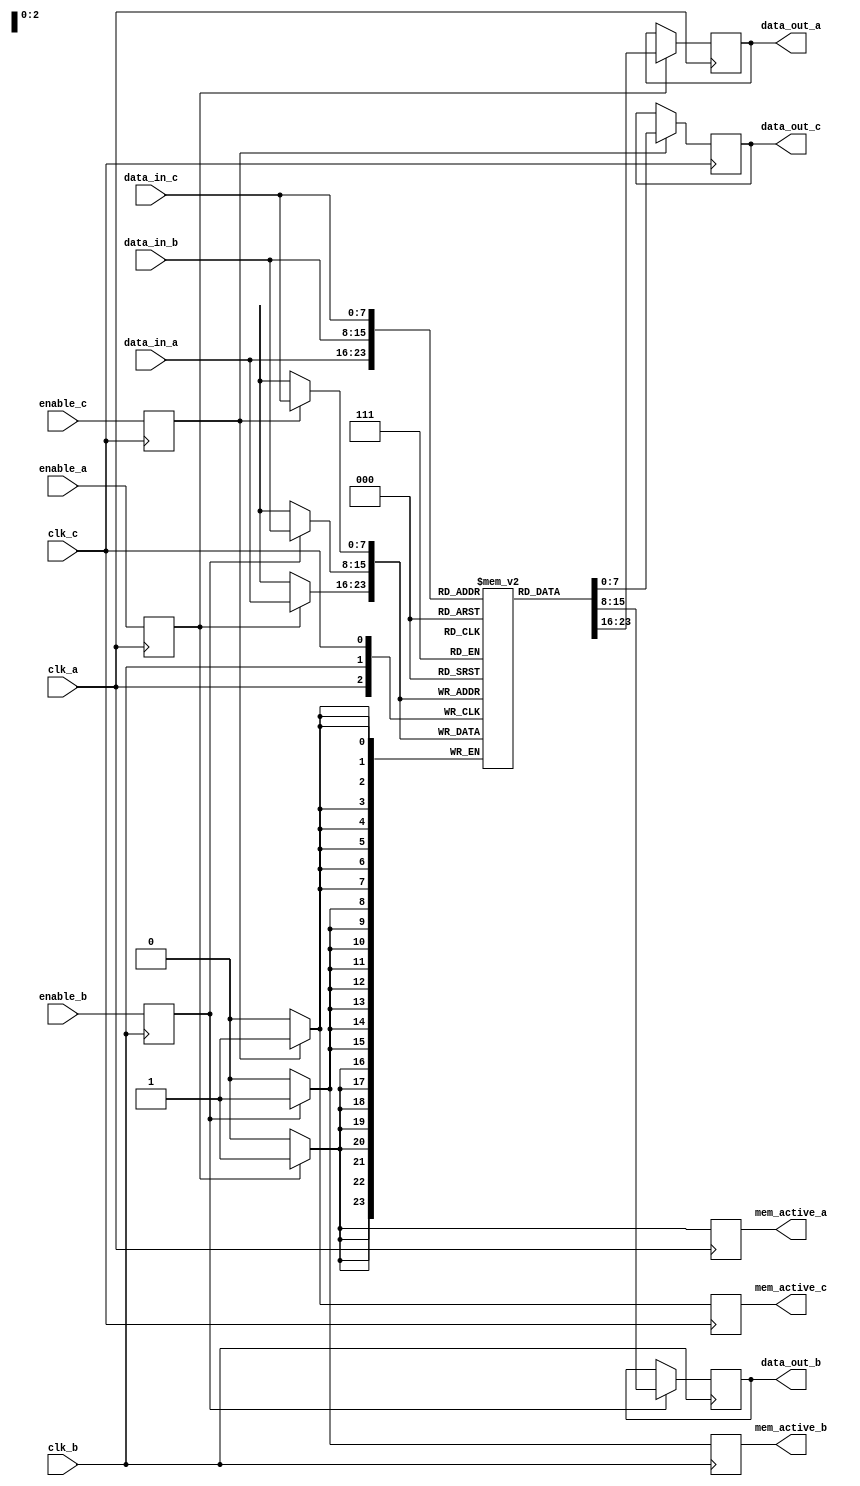
module memory_block (
    input wire clk_a,
    input wire clk_b,
    input wire clk_c,
    input wire enable_a,
    input wire enable_b,
    input wire enable_c,
    input wire [7:0] data_in_a,
    input wire [7:0] data_in_b,
    input wire [7:0] data_in_c,
    output reg [7:0] data_out_a,
    output reg [7:0] data_out_b,
    output reg [7:0] data_out_c,
    output reg mem_active_a,
    output reg mem_active_b,
    output reg mem_active_c
);

    // Synchronization registers for enable signals
    reg enable_a_sync;
    reg enable_b_sync;
    reg enable_c_sync;

    // Memory storage
    reg [7:0] memory [0:255]; // 256 x 8-bit memory

    // Synchronize enable signals to respective clock domains
    always @(posedge clk_a) begin
        enable_a_sync <= enable_a;
    end

    always @(posedge clk_b) begin
        enable_b_sync <= enable_b;
    end

    always @(posedge clk_c) begin
        enable_c_sync <= enable_c;
    end

    // Memory Block Control Logic
    always @(posedge clk_a) begin
        if (enable_a_sync) begin
            mem_active_a <= 1'b1;
            data_out_a <= memory[data_in_a[7:0]]; // Read operation
        end else begin
            mem_active_a <= 1'b0;
        end
    end

    always @(posedge clk_b) begin
        if (enable_b_sync) begin
            mem_active_b <= 1'b1;
            data_out_b <= memory[data_in_b[7:0]]; // Read operation
        end else begin
            mem_active_b <= 1'b0;
        end
    end

    always @(posedge clk_c) begin
        if (enable_c_sync) begin
            mem_active_c <= 1'b1;
            data_out_c <= memory[data_in_c[7:0]]; // Read operation
        end else begin
            mem_active_c <= 1'b0;
        end
    end

    // Memory Write Logic (assumed to be triggered by the same enable signal)
    always @(posedge clk_a) begin
        if (enable_a_sync) begin
            memory[data_in_a[7:0]] <= data_in_a; // Write operation
        end
    end

    always @(posedge clk_b) begin
        if (enable_b_sync) begin
            memory[data_in_b[7:0]] <= data_in_b; // Write operation
        end
    end

    always @(posedge clk_c) begin
        if (enable_c_sync) begin
            memory[data_in_c[7:0]] <= data_in_c; // Write operation
        end
    end

endmodule